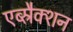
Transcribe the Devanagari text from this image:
एब्स्रैक्शन